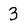
Character: 3